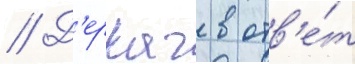
// Д'еркач в отв'е́т